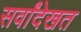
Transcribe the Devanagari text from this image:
सर्वांदेखत